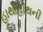
હાથોહાથની